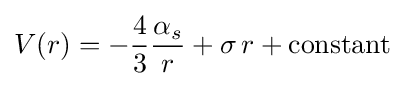
V(r)=-{\frac {4}{3}}{\frac {\alpha _{s}}{\;r\;}}+\sigma \,r+{\text{constant}}